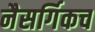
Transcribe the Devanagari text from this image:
नैसर्गिकच